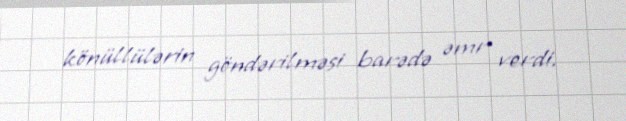
könüllülərin göndərilməsi barədə əmr verdi.